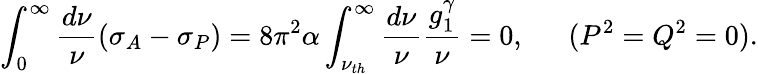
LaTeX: \int_{0}^{\infty}{\frac{d\nu}{\nu}}(\sigma_{A}-\sigma_{P})=8\pi^{2}\alpha\int_{\nu_{th}}^{\infty}{\frac{d\nu}{\nu}}{\frac{g_{1}^{\gamma}}{\nu}}=0,\ \ \ \ \ \ (P^{2}=Q^{2}=0).